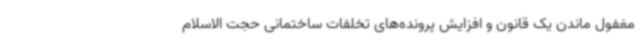
مغفول ماندن یک قانون و افزایش پرونده‌های تخلفات ساختمانی حجت الاسلام